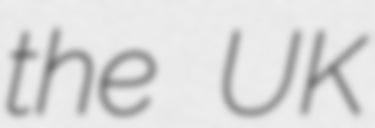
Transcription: the UK